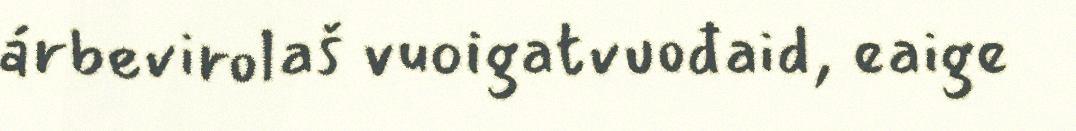
árbevirolaš vuoigatvuođaid, eaige